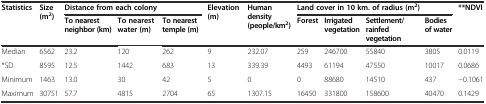
<table><thead><tr><td rowspan="2"><b>Statistics</b></td><td rowspan="2"><b>Size (m<sup>2</sup>)</b></td><td colspan="3"><b>Distance from each colony</b></td><td rowspan="2"><b>Elevation (m)</b></td><td rowspan="2"><b>Human density (people/km<sup>2</sup>)</b></td><td colspan="4"><b>Land cover in 10 km. of radius (m<sup>2</sup>)</b></td><td rowspan="2"><b>**NDVI</b></td></tr><tr><td><b>To nearest neighbor (km)</b></td><td><b>To nearest water (m)</b></td><td><b>To nearest temple (m)</b></td><td><b>Forest</b></td><td><b>Irrigated vegetation</b></td><td><b>Settlement/rainfed vegetation</b></td><td><b>Bodies of water</b></td></tr></thead><tbody><tr><td>Median</td><td>6562</td><td>23.2</td><td>120</td><td>262</td><td>9</td><td>232.07</td><td>259</td><td>246700</td><td>55840</td><td>3805</td><td>0.0119</td></tr><tr><td>*SD</td><td>8595</td><td>12.5</td><td>1442</td><td>683</td><td>13</td><td>339.39</td><td>4493</td><td>61194</td><td>47550</td><td>10017</td><td>0.0686</td></tr><tr><td>Minimum</td><td>1463</td><td>13.0</td><td>30</td><td>42</td><td>5</td><td>0</td><td>0</td><td>88680</td><td>14510</td><td>437</td><td>−0.1061</td></tr><tr><td>Maximum</td><td>30751</td><td>57.7</td><td>4815</td><td>2704</td><td>65</td><td>1307.15</td><td>16450</td><td>331800</td><td>158600</td><td>40470</td><td>0.1429</td></tr></tbody></table>